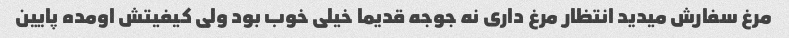
مرغ سفارش میدید انتظار مرغ داری نه جوجه قدیما خیلی خوب بود ولی کیفیتش اومده پایین